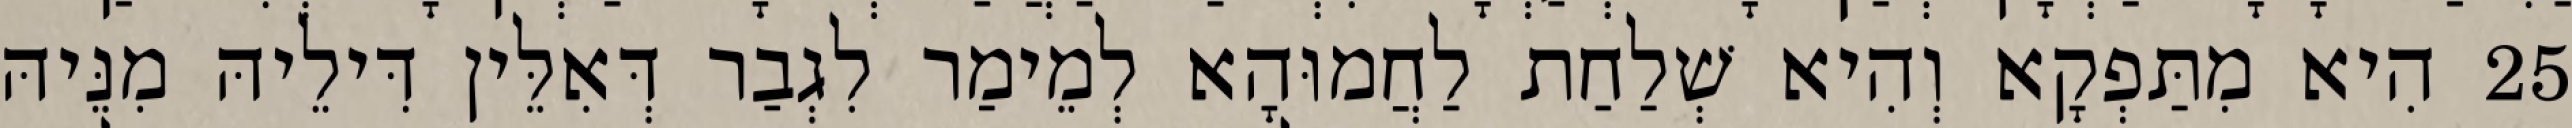
25 הִיא מִתַּפְקָא וְהִיא שְׁלַחַת לַחֲמוּהָא לְמֵימַר לִגְבַר דְּאִלֵּין דִּילֵיהּ מִנֵּיהּ